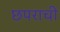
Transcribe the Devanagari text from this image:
छपराची